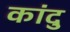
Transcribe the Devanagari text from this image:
कांदु